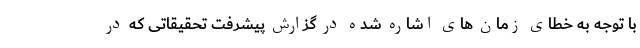
با توجه به خطای زمان های اشاره شده در گزارش پیشرفت تحقیقاتی که در